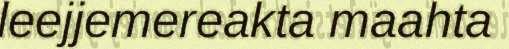
leejjemereakta maahta